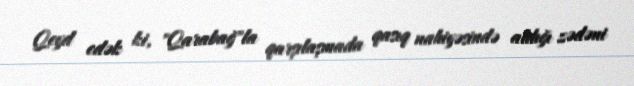
Qeyd edək ki, "Qarabağ"la qarşılaşmada qasıq nahiyəsində aldığı zədəni